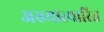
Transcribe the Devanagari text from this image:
अख्यात्यारित